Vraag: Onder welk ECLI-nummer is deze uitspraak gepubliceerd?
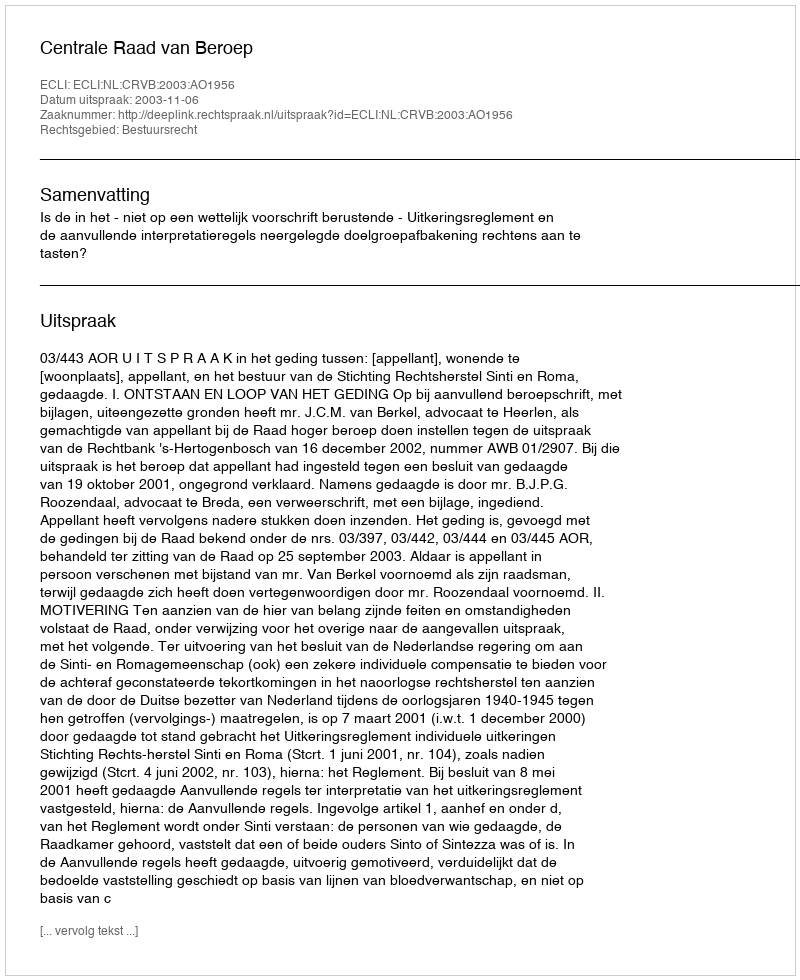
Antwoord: ECLI:NL:CRVB:2003:AO1956